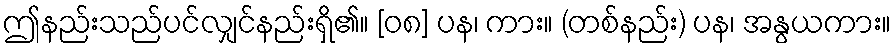
ဤနည်းသည်ပင်လျှင်နည်းရှိ၏။ [၀၈] ပန၊ ကား။ (တစ်နည်း) ပန၊ အနွယကား။